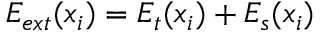
E _ { e x t } ( x _ { i } ) = E _ { t } ( x _ { i } ) + E _ { s } ( x _ { i } )